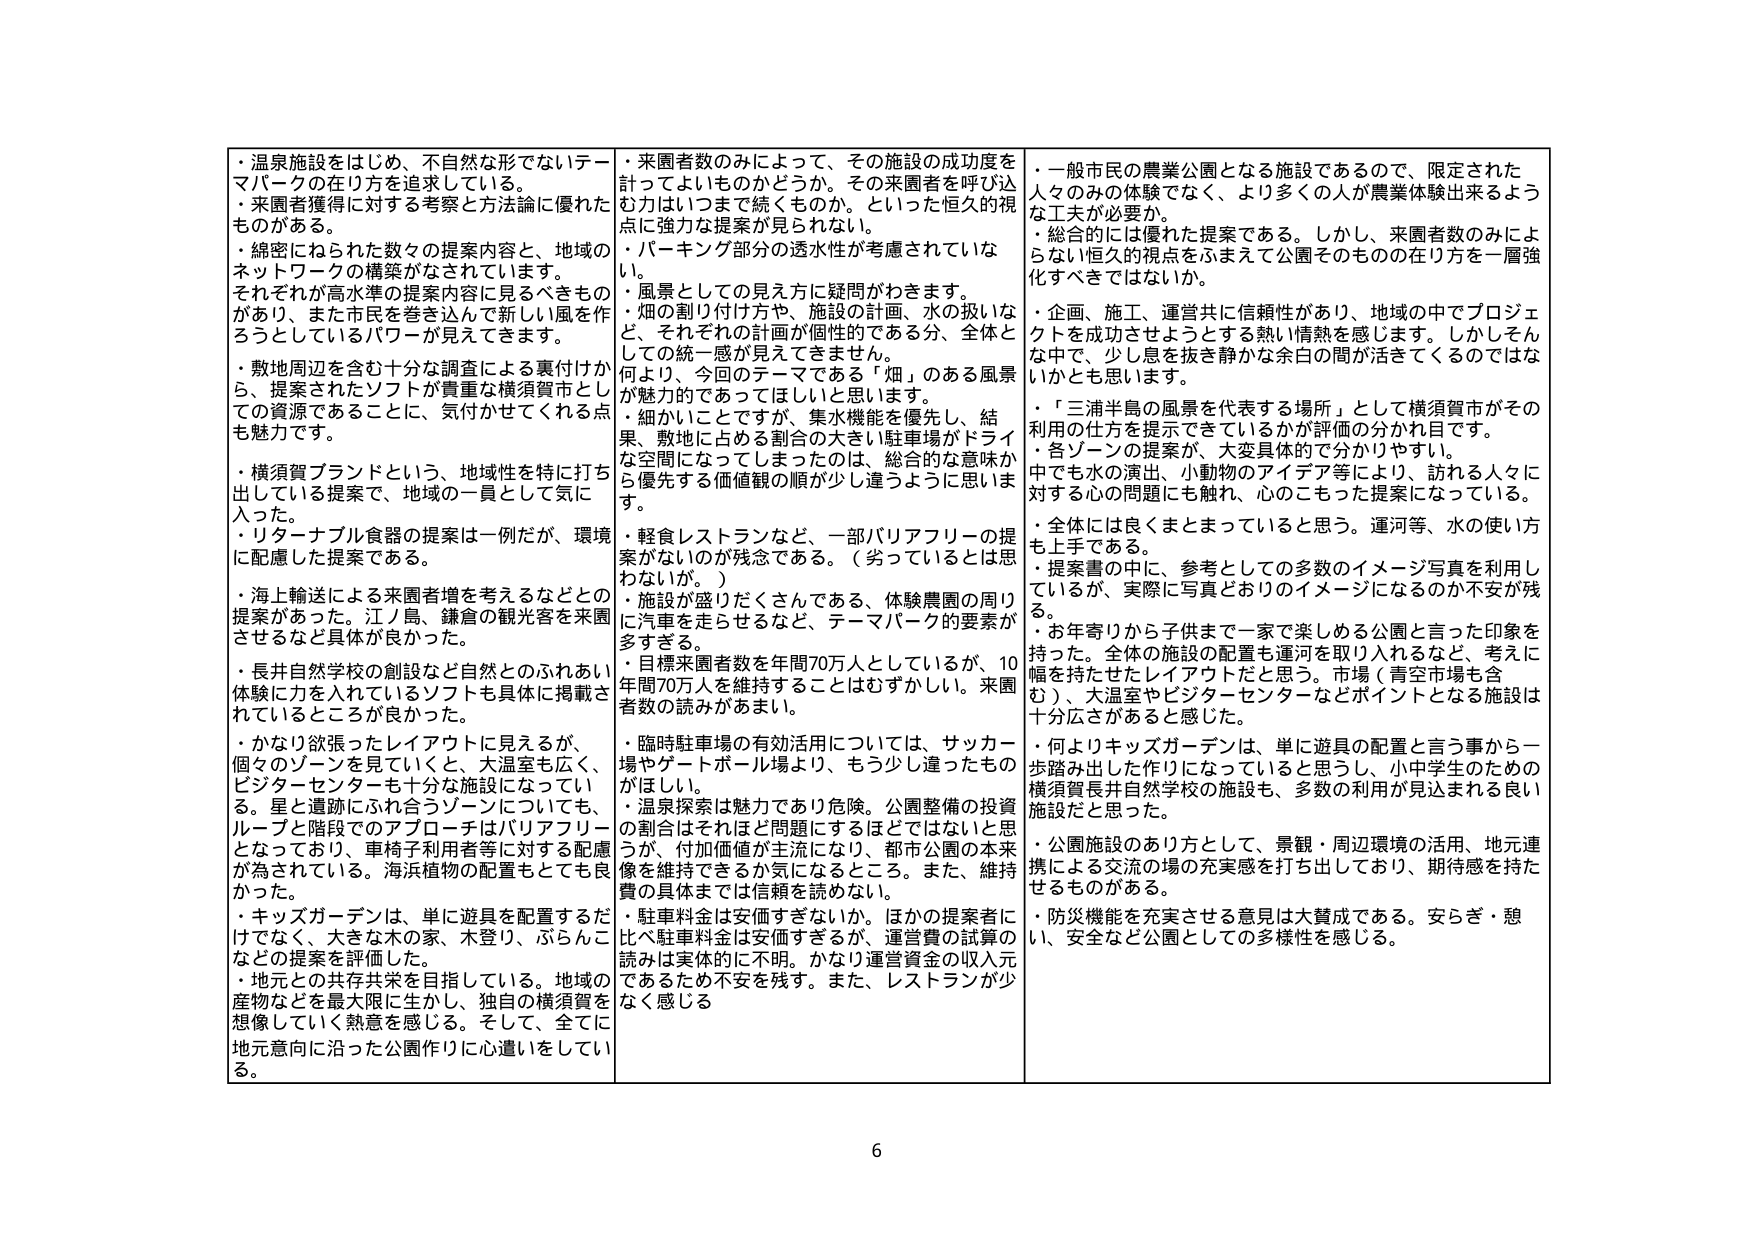
・温泉施設をはじめ、不自然な形でないテーマパークの在り方を追求している。
・来園者獲得に対する考察と方法論に優れたものがある。
・綿密にねられた数々の提案内容と、地域のネットワークの構築がなされています。それぞれが高水準の提案内容に見るべきものがあり、また市民を巻き込んで新しい風を作ろうとしているパワーが見えてきます。
・敷地周辺を含む十分な調査による裏付けから、提案されたソフトが貴重な横須賀市としての資源であることに、気付かせてくれる点も魅力です。
・横須賀ブランドという、地域性を特に打ち出している提案で、地域の一員として気に入った。
・リターナブル食器の提案は一例だが、環境に配慮した提案である。
・海上輸送による来園者増を考えるなどとの提案があった。江ノ島、鎌倉の観光客を来園させるなど具体が良かった。
・長井自然学校の創設など自然とのふれあい体験に力を入れているソフトも具体に掲載されているところが良かった。
・かなり欲張ったレイアウトに見えるが、個々のゾーンを見ていくと、大温室も広く、ビジターセンターも十分な施設になっていく。星と遺跡にふれ合うゾーンについても、ループと階段でのアプローチはバリアフリーとなっており、車椅子利用者等に対する配慮が為されている。海浜植物の配置もとても良かった。
・キッズガーデンは、単に遊具を配置するだけでなく、大きな木の家、木登り、ぶらんこなどの提案を評価した。
・地元との共存共栄を目指している。地域の産物などを最大限に生かし、独自の横須賀を想像していく熟意を感じる。そして、全てに地元意向に沿った公園作りに心遣いをしている。

・来園者数のみによって、その施設の成功度を計ってよいものかどうか。その来園者を呼び込む力はいつまで続くものか。といった恒久的視点に強力な提案が見られない。
・パーキング部分の透水性が考慮されていない。
・風景としての見え方に疑問がわきます。
・煙の割り付け方や、施設の計画、水の扱いなど、それぞれの計画が個性的である分、全体としての統一感が見えてきません。
何より、今回のテーマである「煙」のある風景が魅力的であってほしいと思います。
・細かいことですが、集水機能を優先し、結果、敷地に占める割合の大きい駐車場がドライな空間になってしまったのは、総合的な意味から優先する価値観の順が少し違うように思います。
・軽食レストランなど、一部バリアフリーの提案がないのが残念である。（劣っているとは思わないが。）
・施設が盛りだくさんである、体験農園の周りに汽車を走らせるなど、テーマパーク的要素が多すぎる。
・目標来園者数を年間70万人としているが、10年間70万人を維持することはむずかしい。来園者数の読みがあまい。
・臨時駐車場の有効活用については、サッカー場やゲートボール場より、もう少し違ったものがあれば。
・温泉探索は魅力であり危険。公園整備の投資の割合はそれほど問題にするほどではないと思うが、付加価値が主流になり、都市公園の本来像を維持できるか気になるところ。また、維持費の具体までは信頼を読めない。
・駐車料金は安価すぎないか。ほかの提案者に比べ駐車料金は安価すぎるが、運営費の試算の読みは実体的に不明。かなり運営資金の収入元であるため不安を残す。また、レストランが少なく感じる

・一般市民の農業公園となる施設であるので、限定された人々のみの体験でなく、より多くの人が農業体験出来るような工夫が必要か。
・総合的には優れた提案である。しかし、来園者数のみによらない恒久的視点をふまえて公園そのものの在り方を一層強化すべきではないか。
・企画、施工、運営共に信頼性があり、地域の中でプロジェクトを成功させようとする熱い情熱を感じます。しかしそんな中で、少し息を抜き静かな余白の間が活きてくるのではないかもと思います。
・「三浦半島の風景を代表する場所」として横須賀市がその利用の仕方を提示できているかが評価の分かれ目です。
・各ゾーンの提案が、大変具体的で分かりやすい。中でも水の演出、小動物のアイデア等により、訪れる人々に対する心の問題にも触れ、心のこもった提案になっている。
・全体には良くまとまっていると思う。運河等、水の使い方も上手である。
・提案書の中に、参考としての多数のイメージ写真を利用しているが、実際に写真どおりのイメージになるのか不安が残る。
・お年寄りから子供まで一家で楽しめる公園と言った印象を持った。全体の施設の配置も運河を取り入れるなど、考えに幅を持たせたレイアウトだと思う。市場（青空市場も含む）、大温室やビジターセンターなどポイントとなる施設は十分広さがあると感じた。
・何よりキッズガーデンは、単に遊具の配置と言う事から一歩踏み出した作りになっていると思うし、小中学生のための横須賀長井自然学校の施設も、多数の利用が見込まれる良い施設だと思った。
・公園施設のあり方として、景観・周辺環境の活用、地元連携による交流の場の充実感を打ち出しており、期待感を持たせるものがある。
・防災機能を充実させる意見は大賛成である。安らぎ・憩い、安全など公園としての多様性を感じる。

6